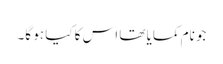
جو نام کمایا تھا اس کا کیا ہو گا۔